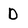
Character: D